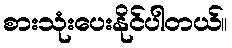
စားသုံးပေးနိုင်ပါတယ်။